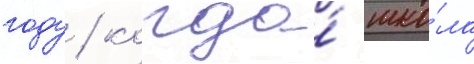
году / когда́ шко́ла